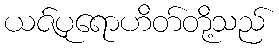
ယဇ်ပုရောဟိတ်တို့သည်